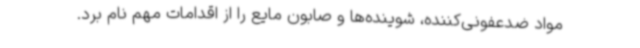
مواد ضدعفونی‌کننده، شوینده‌ها و صابون مایع را از اقدامات مهم نام برد.